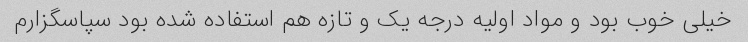
خیلی خوب بود و مواد اولیه درجه یک و تازه هم استفاده شده بود سپاسگزارم